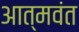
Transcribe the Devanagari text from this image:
आत्मवंत